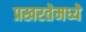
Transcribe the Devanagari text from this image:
प्रखरतेमध्ये